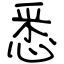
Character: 悉